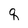
Character: q